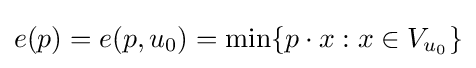
e(p)=e(p,u_{0})=\min\{p\cdot x:x\in V_{u_{0}}\}